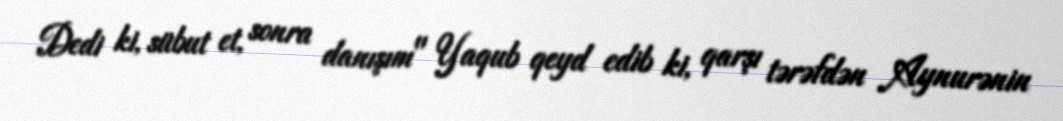
Dedi ki, sübut et, sonra danışım" Yaqub qeyd edib ki, qarşı tərəfdən Aynurənin